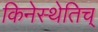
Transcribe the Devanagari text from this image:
किनेस्थेतिच्